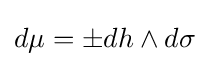
d\mu =\pm dh\wedge d\sigma